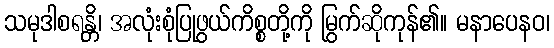
သမုဒါစရန္တိ၊ အလုံးစုံပြုဖွယ်ကိစ္စတို့ကို မြွက်ဆိုကုန်၏။ မနာပေနဝ၊